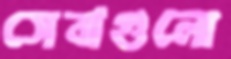
সেবাগুলো